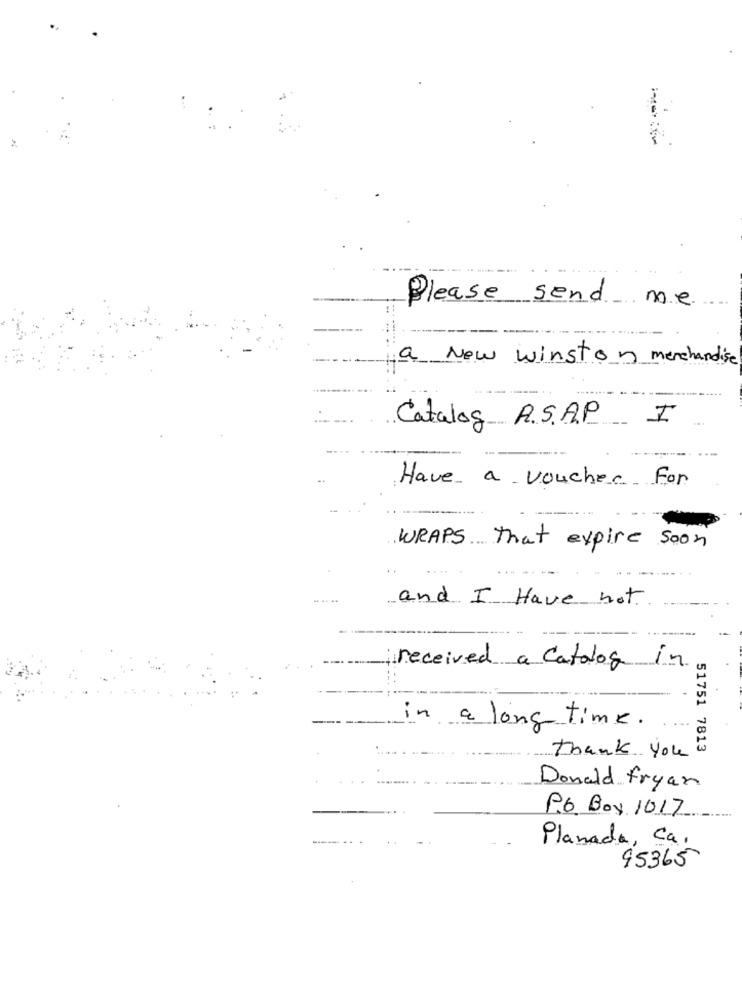
Please send
a New winston merchandise
Catalog A.S.A.P I
Have a voucher For
WRAPS That expire soon
.. ..
and I Have not.
received a catalog in
in a long time.
51751 7813
Thank you
Donald fryan
P.6. Boy 1017
Planada, Ca.
95365